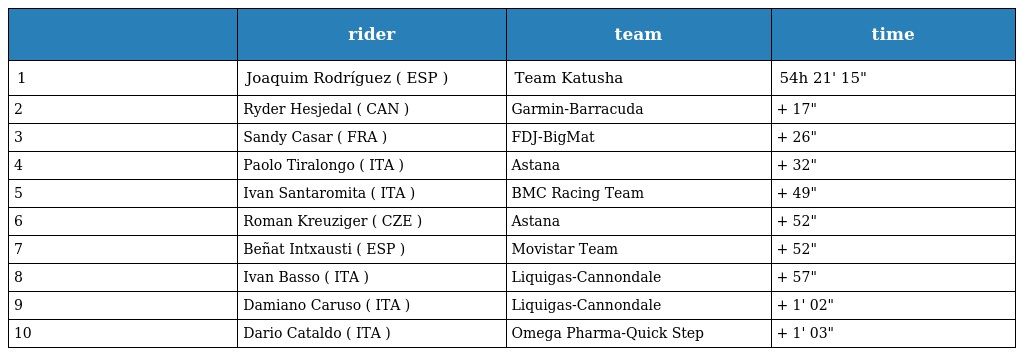
|  | rider | team | time |
 | --- | --- | --- | --- |
 | 1 | Joaquim Rodríguez ( ESP ) | Team Katusha | 54h 21' 15" |
 | 2 | Ryder Hesjedal ( CAN ) | Garmin-Barracuda | + 17" |
 | 3 | Sandy Casar ( FRA ) | FDJ-BigMat | + 26" |
 | 4 | Paolo Tiralongo ( ITA ) | Astana | + 32" |
 | 5 | Ivan Santaromita ( ITA ) | BMC Racing Team | + 49" |
 | 6 | Roman Kreuziger ( CZE ) | Astana | + 52" |
 | 7 | Beñat Intxausti ( ESP ) | Movistar Team | + 52" |
 | 8 | Ivan Basso ( ITA ) | Liquigas-Cannondale | + 57" |
 | 9 | Damiano Caruso ( ITA ) | Liquigas-Cannondale | + 1' 02" |
 | 10 | Dario Cataldo ( ITA ) | Omega Pharma-Quick Step | + 1' 03" |